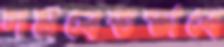
সমবেতভাবে